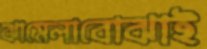
ঝামেলাবোঝাই